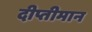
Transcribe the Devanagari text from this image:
दीप्तीमान